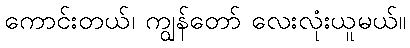
ကောင်းတယ်၊ ကျွန်တော် လေးလုံးယူမယ်။